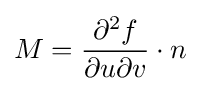
M={\frac {\partial ^{2}f}{\partial u\partial v}}\cdot n